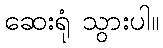
ဆေးရုံ သွားပါ။